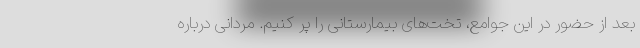
بعد از حضور در این جوامع، تخت‌های بیمارستانی را پر کنیم. مردانی درباره